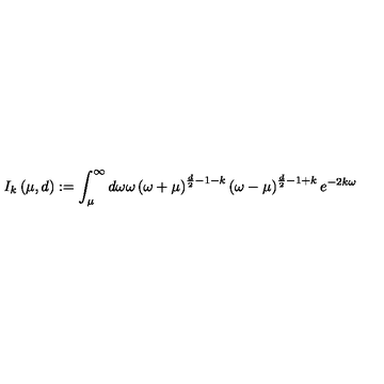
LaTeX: I _ { k } \left( \mu , d \right) : = \int _ { \mu } ^ { \infty } d \omega \omega \left( \omega + \mu \right) ^ { \frac { d } { 2 } - 1 - k } \left( \omega - \mu \right) ^ { \frac { d } { 2 } - 1 + k } e ^ { - 2 k \omega }